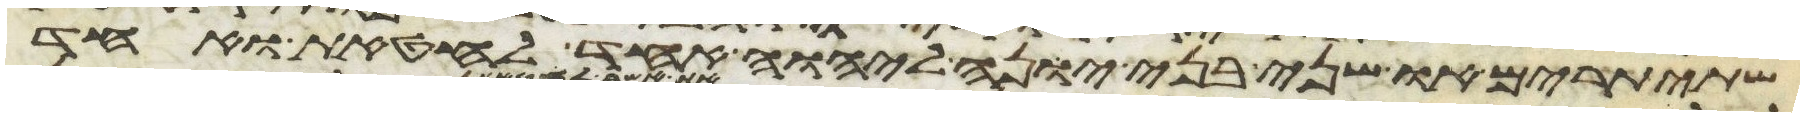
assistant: שתי תרים או שני בני יונה ליהוה אחד לחטאת ואחד